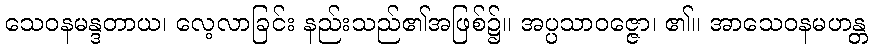
သေဝနမန္ဒတာယ၊ လေ့လာခြင်း နည်းသည်၏အဖြစ်၌။ အပ္ပသာဝဇ္ဇော၊ ၏။ အာသေဝနမဟန္တ